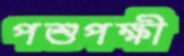
পশুপক্ষী